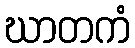
ဃာတကံ